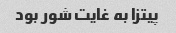
پیتزا به غایت شور بود